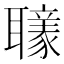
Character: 𦘄